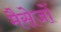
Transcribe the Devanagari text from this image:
मैसेजों